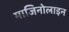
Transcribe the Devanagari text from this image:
माजिनोलाइन